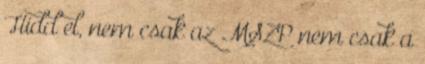
Hidd el, nem csak az MSZP nem csak a